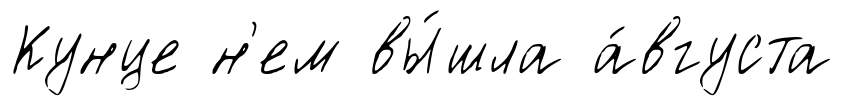
Кунце н'ем вы́шла а́вгуста